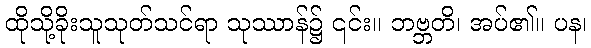
ထိုသို့ခိုးသူသုတ်သင်ရာ သုဿာန်၌ ၎င်း။ ဘဗ္ဘတိ၊ အပ်၏။ ပန၊